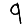
Digit: 9